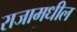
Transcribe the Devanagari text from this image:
राजामधील